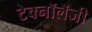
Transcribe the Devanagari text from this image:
टेक्नॉलॅजी